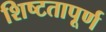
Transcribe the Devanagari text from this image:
शिष्टतापूर्ण